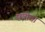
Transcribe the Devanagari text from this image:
छत्रीचा